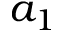
a _ { 1 }